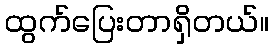
ထွက်ပြေးတာရှိတယ်။